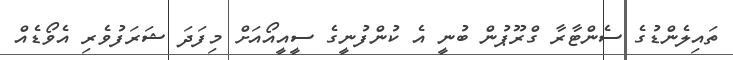
ތައިލެންޑުގެ ސެންޓާރާ ގްރޫޕުން ބުނީ އެ ކުންފުނީގެ ސީއީއޯއަށް މިފަދަ ޝަރަފުވެރި އެވޯޑެއް